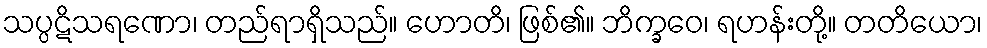
သပ္ပဋိသရဏော၊ တည်ရာရှိသည်။ ဟောတိ၊ ဖြစ်၏။ ဘိက္ခဝေ၊ ရဟန်းတို့။ တတိယော၊